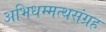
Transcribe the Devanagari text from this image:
अभिधम्मत्थसंग्रह